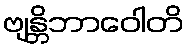
ဗျန္တိဘာဝေါတိ